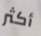
أكثر